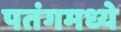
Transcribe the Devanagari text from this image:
पतंगमध्ये